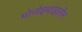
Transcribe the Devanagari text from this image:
मोनोइथाइलीन